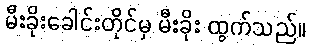
မီးခိုးခေါင်းတိုင်မှ မီးခိုး ထွက်သည်။